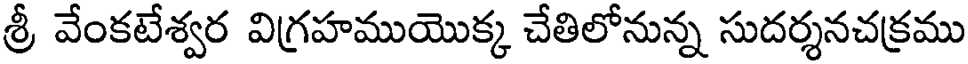
శ్రీ వేంకటేశ్వర విగ్రహముయొక్క చేతిలోనున్న సుదర్శనచక్రము